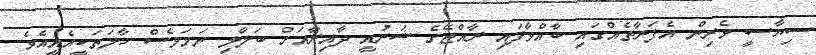
ސިޔާސީ ވެރިން އެފަރާތެއްގައި ބާއްވާފައި ރާއްޖޭގެ ޝަރުއީ ދާއިރާއަށް ބަލާލި ނަމަވެސް ހާލަތަކީއެއީއެވެ.